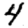
Digit: 4